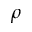
\rho